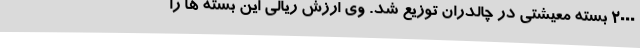
2000 بسته معیشتی در چالدران توزیع شد. وی ارزش ریالی این بسته ها را